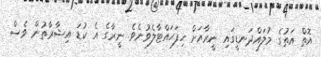
އޮތް އަތުގެ މުލައްދަނޑީގައި ނީރާއަށް ހިފަހައްޓާލެވުނެވެ. ނީރާގެ އެ ކުޑަ އިޝާރާތުން ވެސް